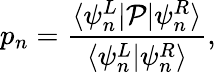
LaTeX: p_{n}=\frac{\langle\psi_{n}^{L}|\mathcal{P}|\psi_{n}^{R}\rangle}{\langle\psi_{n}^{L}|\psi_{n}^{R}\rangle},